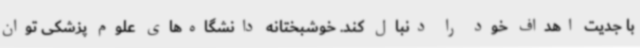
با جدیت اهداف خود را دنبال کند. خوشبختانه دانشگاه‌های علوم پزشکی توان